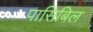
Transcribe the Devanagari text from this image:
पासिबिल